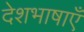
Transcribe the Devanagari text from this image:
देशभाषाएँ